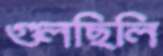
গুলছিলি